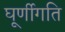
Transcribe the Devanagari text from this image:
घूर्णीगति